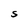
Character: S